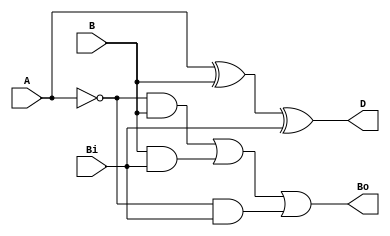
module s_full_subtractor(input A, B, Bi, output D, Bo);
  assign D = A ^ B ^ Bi;
  assign Bo = (~A & B) | (B & Bi) | (~A & Bi);
endmodule